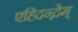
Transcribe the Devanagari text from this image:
एह्दिन्द्नेम्